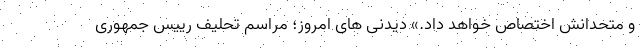
و متحدانش اختصاص خواهد داد.» دیدنی های امروز؛ مراسم تحلیف رییس جمهوری